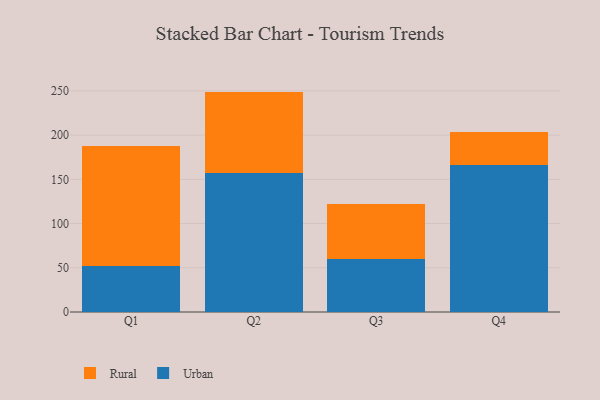
{"axis": {"x": "Quarter", "y": "Churn Rate (%)"}, "legend": ["Rural", "Urban"], "data": [{"x": "Q1", "y": 51.9, "type": "Urban"}, {"x": "Q1", "y": 135.6, "type": "Rural"}, {"x": "Q2", "y": 157.2, "type": "Urban"}, {"x": "Q2", "y": 92.0, "type": "Rural"}, {"x": "Q3", "y": 59.8, "type": "Urban"}, {"x": "Q3", "y": 62.0, "type": "Rural"}, {"x": "Q4", "y": 166.3, "type": "Urban"}, {"x": "Q4", "y": 36.7, "type": "Rural"}]}